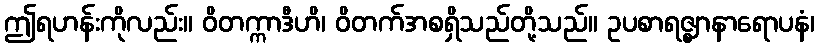
ဤရဟန်းကိုလည်း။ ဝိတက္ကာဒီဟိ၊ ဝိတက်အစရှိသည်တို့သည်။ ဥပစာရဇ္ဈာနာရောပနံ၊